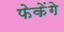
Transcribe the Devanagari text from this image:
फेकेंगे